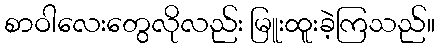
စာဝါလေးတွေလိုလည်း မြူးထူးခဲ့ကြသည်။